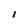
Character: 1